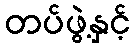
တပ်ဖွဲ့နှင့်